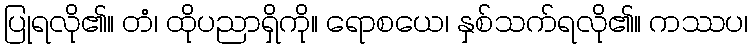
ပြုရလို၏။ တံ၊ ထိုပညာရှိကို။ ရောစယေ၊ နှစ်သက်ရလို၏။ ကဿပ၊